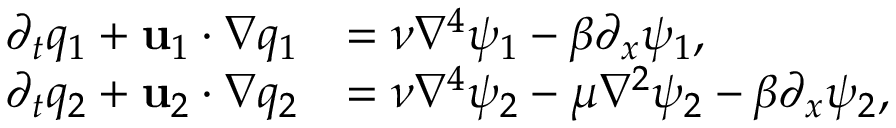
\begin{array} { r l } { \partial _ { t } q _ { 1 } + \mathbf { u } _ { 1 } \cdot \nabla q _ { 1 } } & { = \nu \nabla ^ { 4 } \psi _ { 1 } - \beta \partial _ { x } \psi _ { 1 } , } \\ { \partial _ { t } q _ { 2 } + \mathbf { u } _ { 2 } \cdot \nabla q _ { 2 } } & { = \nu \nabla ^ { 4 } \psi _ { 2 } - \mu \nabla ^ { 2 } \psi _ { 2 } - \beta \partial _ { x } \psi _ { 2 } , } \end{array}